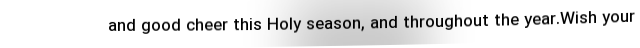
and good cheer this Holy season, and throughout the year.Wish your